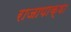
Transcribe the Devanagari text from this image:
राजापाक्षा